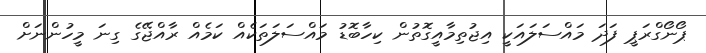
ޕޯނޯގްރަޕީ ފަދަ މައްސަލައަކީ އިޖުތިމާއީގޮތުން ކިހާބޮޑު މައްސަލަތަކެއް ކަމެއް ރާއްޖޭގެ ގިނަ މީހުންނަށް